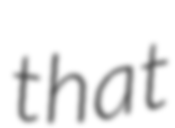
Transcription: that